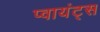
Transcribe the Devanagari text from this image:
प्वायंट्स